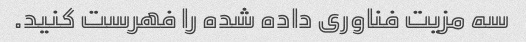
سه مزیت فناوری داده شده را فهرست کنید.